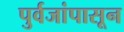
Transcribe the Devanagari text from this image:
पुर्वजांपासून